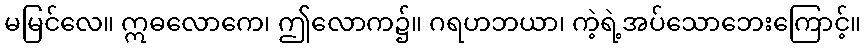
မမြင်လေ။ ဣဓလောကေ၊ ဤလောက၌။ ဂရဟဘယာ၊ ကဲ့ရဲ့အပ်သောဘေးကြောင့်။